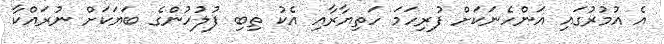
އެ އުމުރުގައި އަންހެނަކަށް ފުރިހަމަ ހަތިޔާރާއި އެކު ތިބި ފުލުހުންގެ ބަޔަކަށް ނުރައްކާ